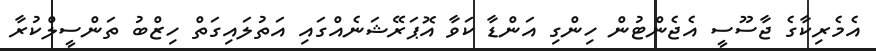
އެމެރިކާގެ ޖާސޫސީ އެޖެންޓުން ހިންގި އަންޑާ ކަވާ އޮޕަރޭޝަނެއްގައި އަތުލައިގަތް ހިޒްބު ތަންސީލްކުރާ